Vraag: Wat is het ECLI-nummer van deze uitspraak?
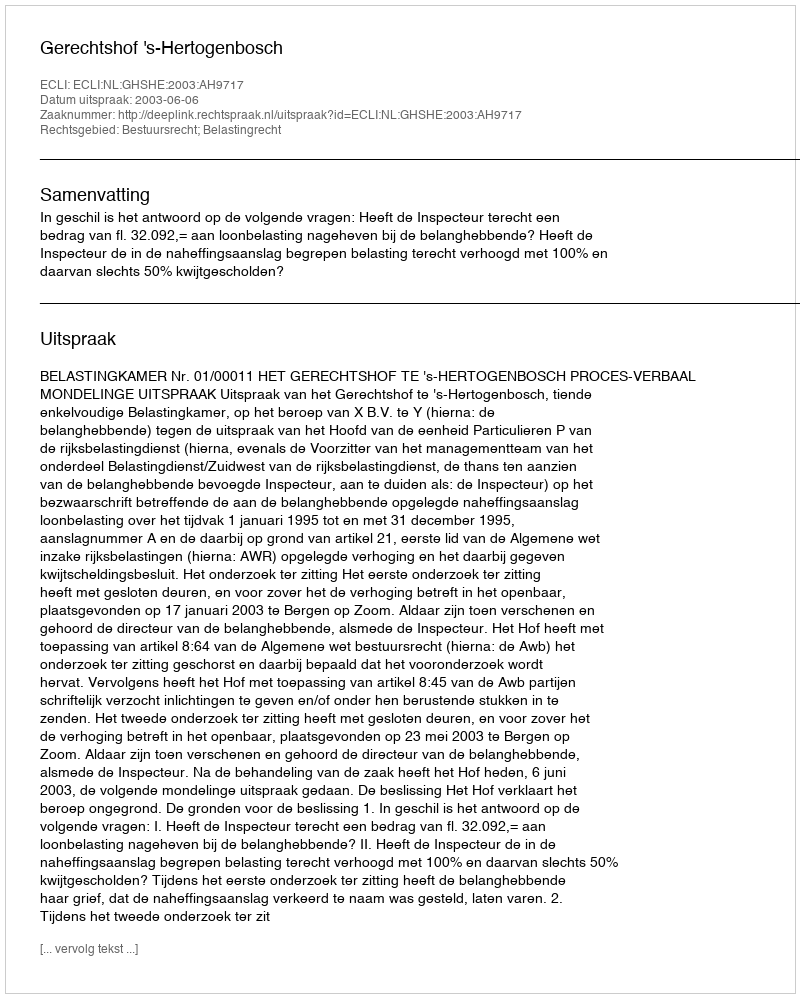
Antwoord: ECLI:NL:GHSHE:2003:AH9717